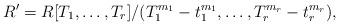
LaTeX: \begin{align*}R'=R[T_1,\ldots,T_r]/(T_1^{m_1}-t_1^{m_1},\ldots,T_r^{m_r}-t_r^{m_r}),\end{align*}